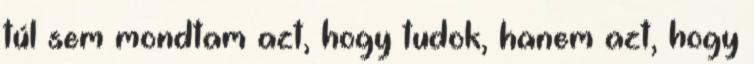
túl sem mondtam azt, hogy tudok, hanem azt, hogy